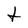
Character: t